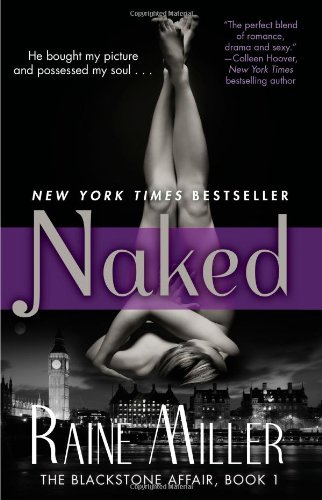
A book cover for Naked: The Blackstone Affair, Book 1; Raine Miller; Romance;